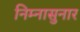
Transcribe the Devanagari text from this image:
निम्नासुनार